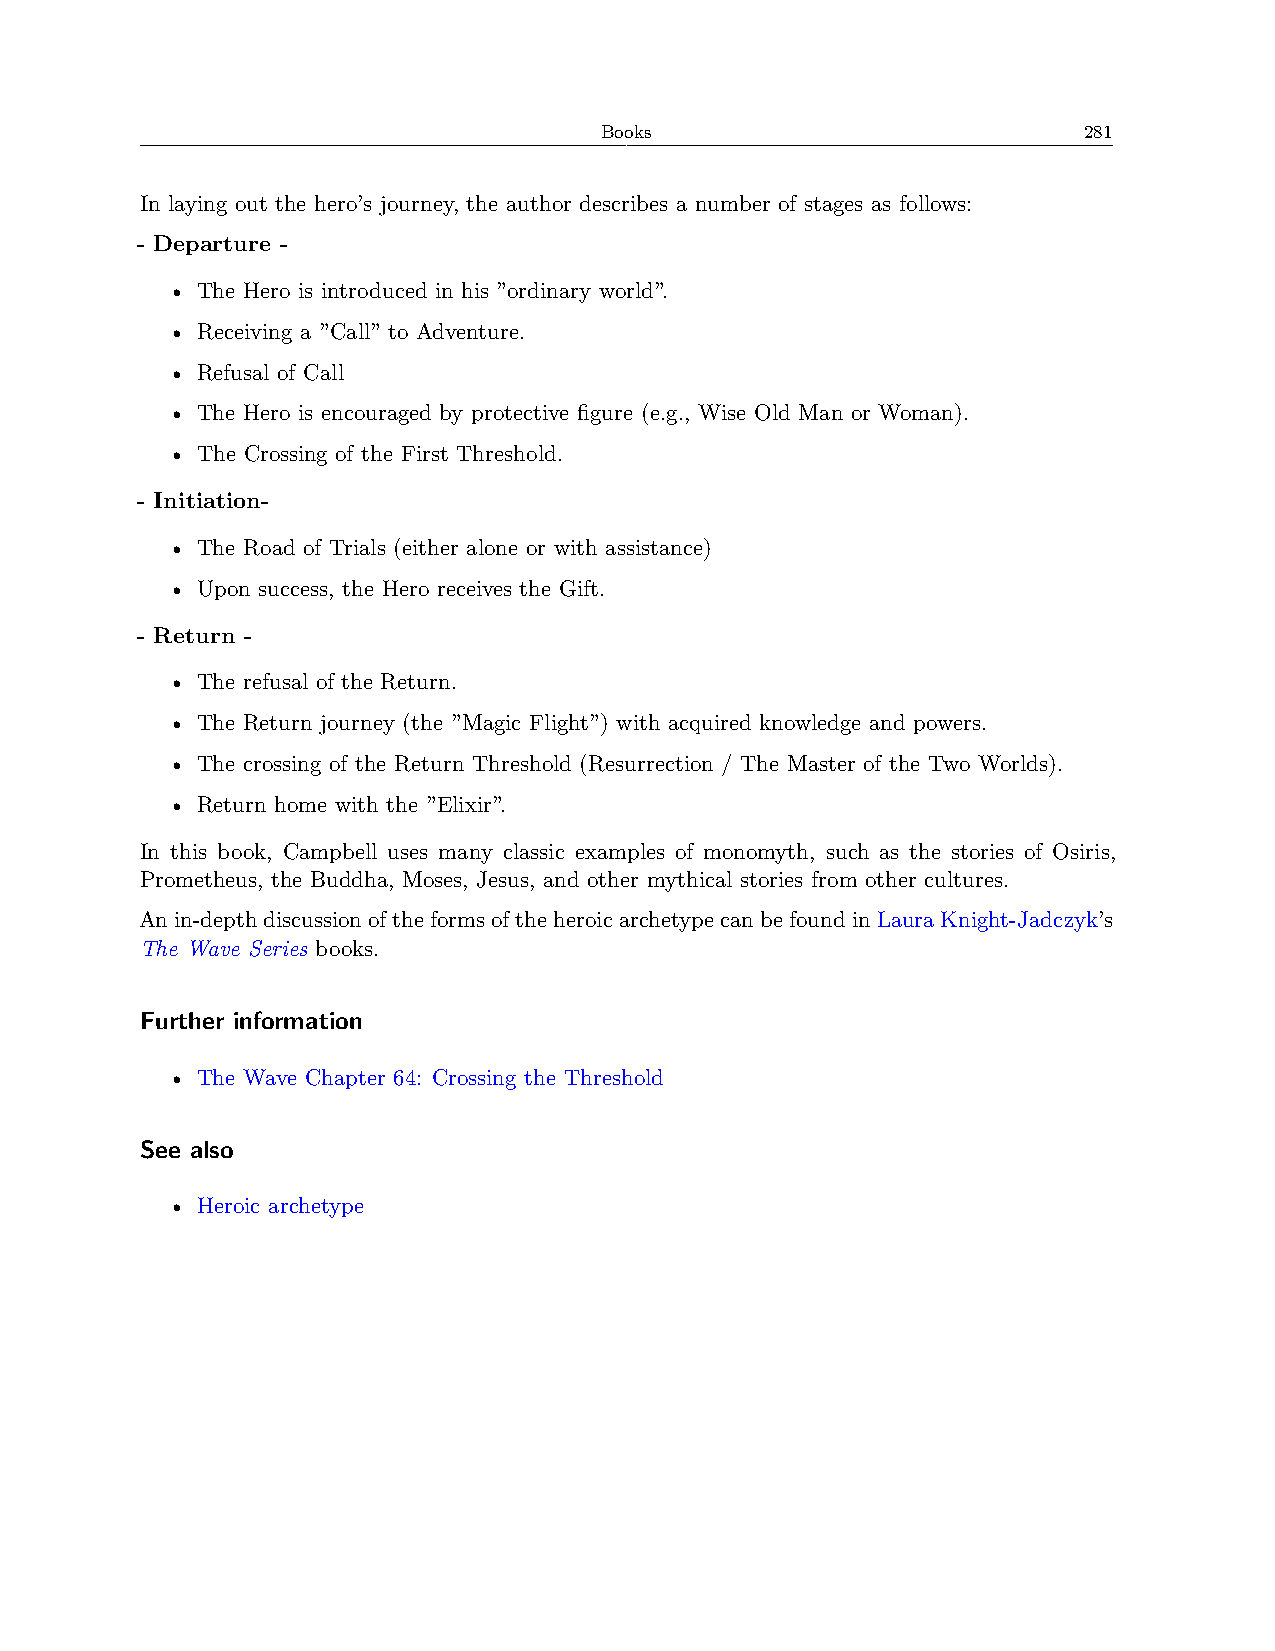
Books                           281
 In laying out the hero’s journey, the author describes a number of stages as follows:
 - Departure -
 • The Hero is introduced in his ”ordinary world”.
 • Receiving a ”Call” to Adventure.
 • Refusal of Call
 • The Hero is encouraged by protective figure (e.g., Wise Old Man or Woman).
 • The Crossing of the First Threshold.
 - Initiation-
 • The Road of Trials (either alone or with assistance)
 • Upon success, the Hero receives the Gift.
 - Return -
 • The refusal of the Return.
 • The Return journey (the ”Magic Flight”) with acquired knowledge and powers.
 • The crossing of the Return Threshold (Resurrection / The Master of the Two Worlds).
 • Return home with the ”Elixir”.
 In this book, Campbell uses many classic examples of monomyth, such as the stories of Osiris,
 Prometheus, the Buddha, Moses, Jesus, and other mythical stories from other cultures.
 Anin-depthdiscussionoftheformsoftheheroicarchetypecanbefoundinLauraKnight-Jadczyk’s
 The Wave Series books.
 Further information
 • The Wave Chapter 64: Crossing the Threshold
 See also
 • Heroic archetype